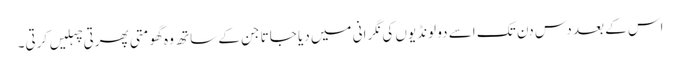
اس کے بعد دس دن تک اسے دو لونڈیوں کی نگرانی میں دیا جاتا جن کے ساتھ وہ گھومتی پھرتی چہلیں کرتی۔